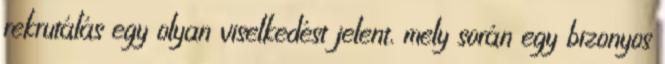
rekrutálás egy olyan viselkedést jelent, mely során egy bizonyos